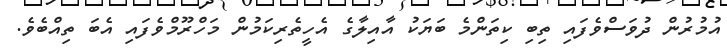
އުމުރުން ދުވަސްވެފައި ތިބި ކިތަންމެ ބަޔަކު އާއިލާގެ އެހީތެރިކަމުން މަހްރޫމްވެފައި އެބަ ތިއްބެވެ.